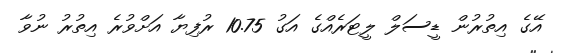
އޭގެ އިތުރުން ޑީސަލް ލީޓަރެއްގެ އަގު 10.75 ރުފިޔާ އަށްވުރެ އިތުރު ނުވާ